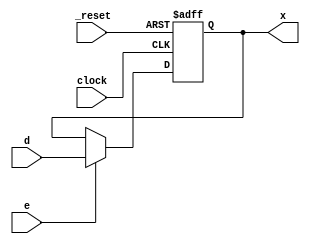
module dff 
(
    input clock, _reset, e, 
    input [7:0]d,
    output reg[7:0]x
);

always@(posedge clock, negedge _reset)
begin
    if(!_reset)
        x<=0;
    else if(e)
        x<=d;
end 
endmodule